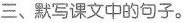
三、默写课文中的句子。